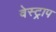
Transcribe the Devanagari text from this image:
वेस्ट्राप